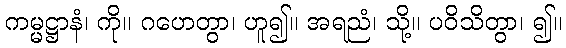
ကမ္မဋ္ဌာနံ၊ ကို။ ဂဟေတွာ၊ ဟူ၍။ အရညံ၊ သို့။ ပဝိသိတွာ၊ ၍။